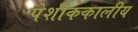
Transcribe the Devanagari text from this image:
पेशीककालीय